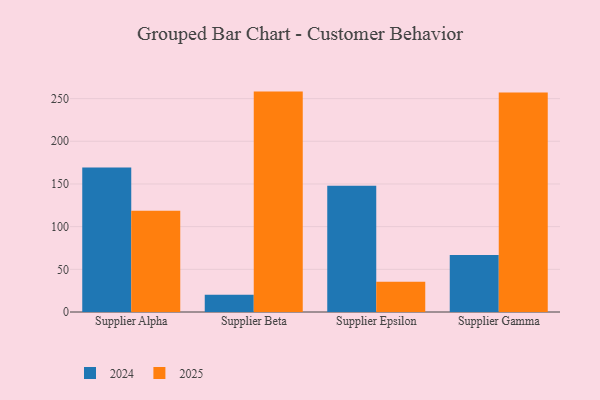
{"axis": {"x": "Supplier", "y": "Backlog"}, "legend": ["2024", "2025"], "data": [{"x": "Supplier Alpha", "y": 169.4, "type": "2024"}, {"x": "Supplier Alpha", "y": 118.5, "type": "2025"}, {"x": "Supplier Beta", "y": 20.3, "type": "2024"}, {"x": "Supplier Beta", "y": 258.2, "type": "2025"}, {"x": "Supplier Epsilon", "y": 147.8, "type": "2024"}, {"x": "Supplier Epsilon", "y": 35.3, "type": "2025"}, {"x": "Supplier Gamma", "y": 66.9, "type": "2024"}, {"x": "Supplier Gamma", "y": 257.2, "type": "2025"}]}